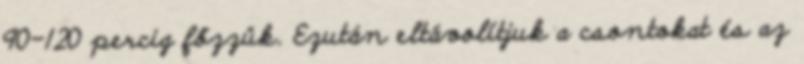
90-120 percig főzzük. Ezután eltávolítjuk a csontokat és az